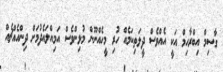
ގާސިމް އިބްރާހިމް އަކީ އެއްވެސް ދީލަތިކަމެއް ހުރި މީހެއްނޫން މުޅިންވެސް އަމިއްލައެދުމަށް ދިންއެއްޗެއް